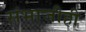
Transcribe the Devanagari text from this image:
संभाजीही